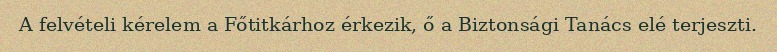
A felvételi kérelem a Főtitkárhoz érkezik, ő a Biztonsági Tanács elé terjeszti.